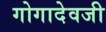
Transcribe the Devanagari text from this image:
गोगादेवजी